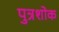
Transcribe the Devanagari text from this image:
पुत्रशोक